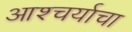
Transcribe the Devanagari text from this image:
आश्‍चर्याचा